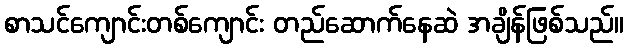
စာသင်ကျောင်းတစ်ကျောင်း တည်ဆောက်နေဆဲ အချိန်ဖြစ်သည်။